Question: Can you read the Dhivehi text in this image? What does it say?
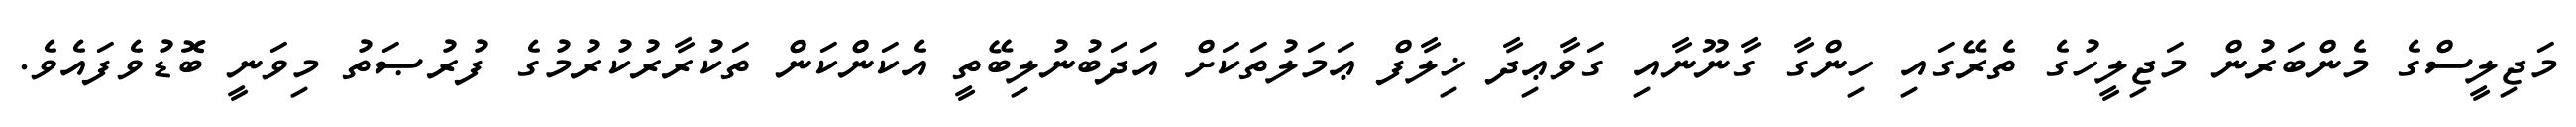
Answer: މަޖިލީސްގެ މެންބަރުން މަޖިލީހުގެ ތެރޭގައި ހިންގާ ގާނޫނާއި ގަވާޢިދާ ޚިލާފް ޢަމަލުތަކަށް އަދަބުނުލިބޭތީ އެކަންކަން ތަކުރާރުކުރުމުގެ ފުރުޞަތު މިވަނީ ބޮޑުވެފައެވެ.